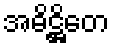
အဓိဋ္ဌိတေ